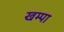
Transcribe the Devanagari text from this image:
खम्पा